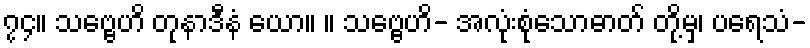
၇၄။ သဗ္ဗေဟိ တုနာဒီနံ ယော။ ။ သဗ္ဗေဟိ- အလုံးစုံသောဓာတ် တို့မှ၊ ပရေသံ-